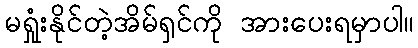
မရှုံးနိုင်တဲ့အိမ်ရှင်ကို အားပေးရမှာပါ။